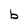
Character: b